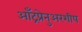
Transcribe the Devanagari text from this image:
आँट्रप्रेनुअरशीप